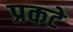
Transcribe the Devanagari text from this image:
प्रकटे